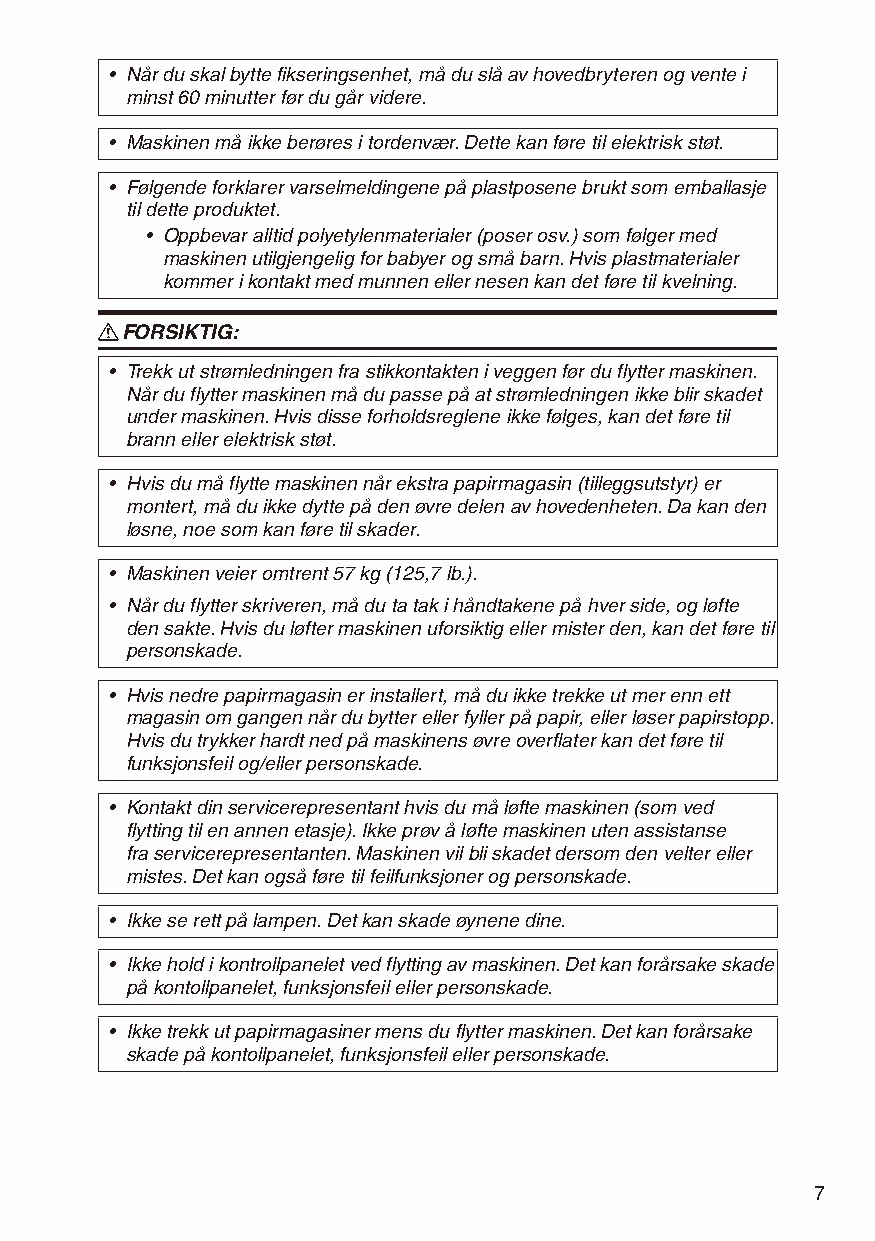
• Når du skal bytte fikseringsenhet, må du slå av hovedbryteren og vente i
 minst 60 minutter før du går videre.
 • Maskinen må ikke berøres i tordenvær. Dette kan føre til elektrisk støt.
 • Følgende forklarer varselmeldingene på plastposene brukt som emballasje
 til dette produktet.
 • Oppbevar alltid polyetylenmaterialer (poser osv.) som følger med
 maskinen utilgjengelig for babyer og små barn. Hvis plastmaterialer
 kommer i kontakt med munnen eller nesen kan det føre til kvelning.
 R FORSIKTIG:
 • Trekk ut strømledningen fra stikkontakten i veggen før du flytter maskinen.
 Når du flytter maskinen må du passe på at strømledningen ikke blir skadet
 under maskinen. Hvis disse forholdsreglene ikke følges, kan det føre til
 brann eller elektrisk støt.
 • Hvis du må flytte maskinen når ekstra papirmagasin (tilleggsutstyr) er
 montert, må du ikke dytte på den øvre delen av hovedenheten. Da kan den
 løsne, noe som kan føre til skader.
 • Maskinen veier omtrent 57 kg (125,7 lb.).
 • Når du flytter skriveren, må du ta tak i håndtakene på hver side, og løfte
 den sakte. Hvis du løfter maskinen uforsiktig eller mister den, kan det føre til
 personskade.
 • Hvis nedre papirmagasin er installert, må du ikke trekke ut mer enn ett
 magasin om gangen når du bytter eller fyller på papir, eller løser papirstopp.
 Hvis du trykker hardt ned på maskinens øvre overflater kan det føre til
 funksjonsfeil og/eller personskade.
 • Kontakt din servicerepresentant hvis du må løfte maskinen (som ved
 flytting til en annen etasje). Ikke prøv å løfte maskinen uten assistanse
 fra servicerepresentanten. Maskinen vil bli skadet dersom den velter eller
 mistes. Det kan også føre til feilfunksjoner og personskade.
 • Ikke se rett på lampen. Det kan skade øynene dine.
 • Ikke hold i kontrollpanelet ved flytting av maskinen. Det kan forårsake skade
 på kontollpanelet, funksjonsfeil eller personskade.
 • Ikke trekk ut papirmagasiner mens du flytter maskinen. Det kan forårsake
 skade på kontollpanelet, funksjonsfeil eller personskade.
 7